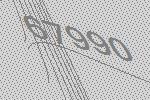
67990